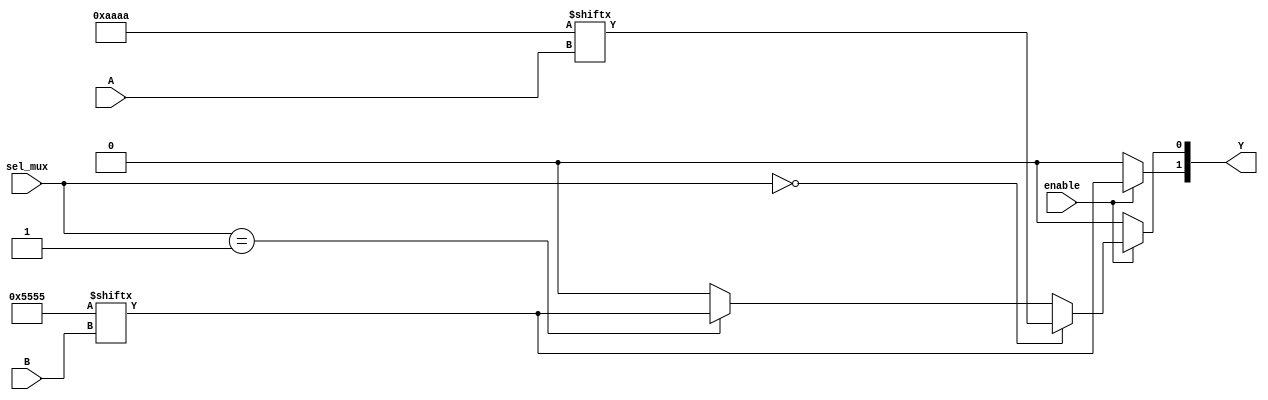
module configurable_logic_block (
    input wire [3:0] A,          // 4 input signals
    input wire [3:0] B,          // 4 input signals
    input wire [1:0] sel_mux,    // control signal for MUX selection
    input wire enable,            // enable signal
    output wire [1:0] Y          // 2 output signals
);

// Look-Up Tables (LUTs)
// LUT1: 4-input LUT based on inputs A
wire lut1_out;
reg [15:0] lut1_config = 16'b1010101010101010; // Example LUT truth table

assign lut1_out = lut1_config[{A[3], A[2], A[1], A[0]}];

// LUT2: 4-input LUT based on inputs B
wire lut2_out;
reg [15:0] lut2_config = 16'b0101010101010101; // Example LUT truth table

assign lut2_out = lut2_config[{B[3], B[2], B[1], B[0]}];

// Multiplexers to select outputs based on control signals
wire mux1_out;
assign mux1_out = (sel_mux == 2'b00) ? lut1_out : 
                  (sel_mux == 2'b01) ? lut2_out : 1'b0; // Default 0 if no match

// Final outputs with enable/disable functionality
assign Y[0] = enable ? mux1_out : 1'b0; // Output Y1
assign Y[1] = enable ? lut2_out : 1'b0; // Output Y2

endmodule